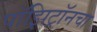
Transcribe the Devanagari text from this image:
पॉझिट्रॉनचा